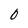
Character: 0